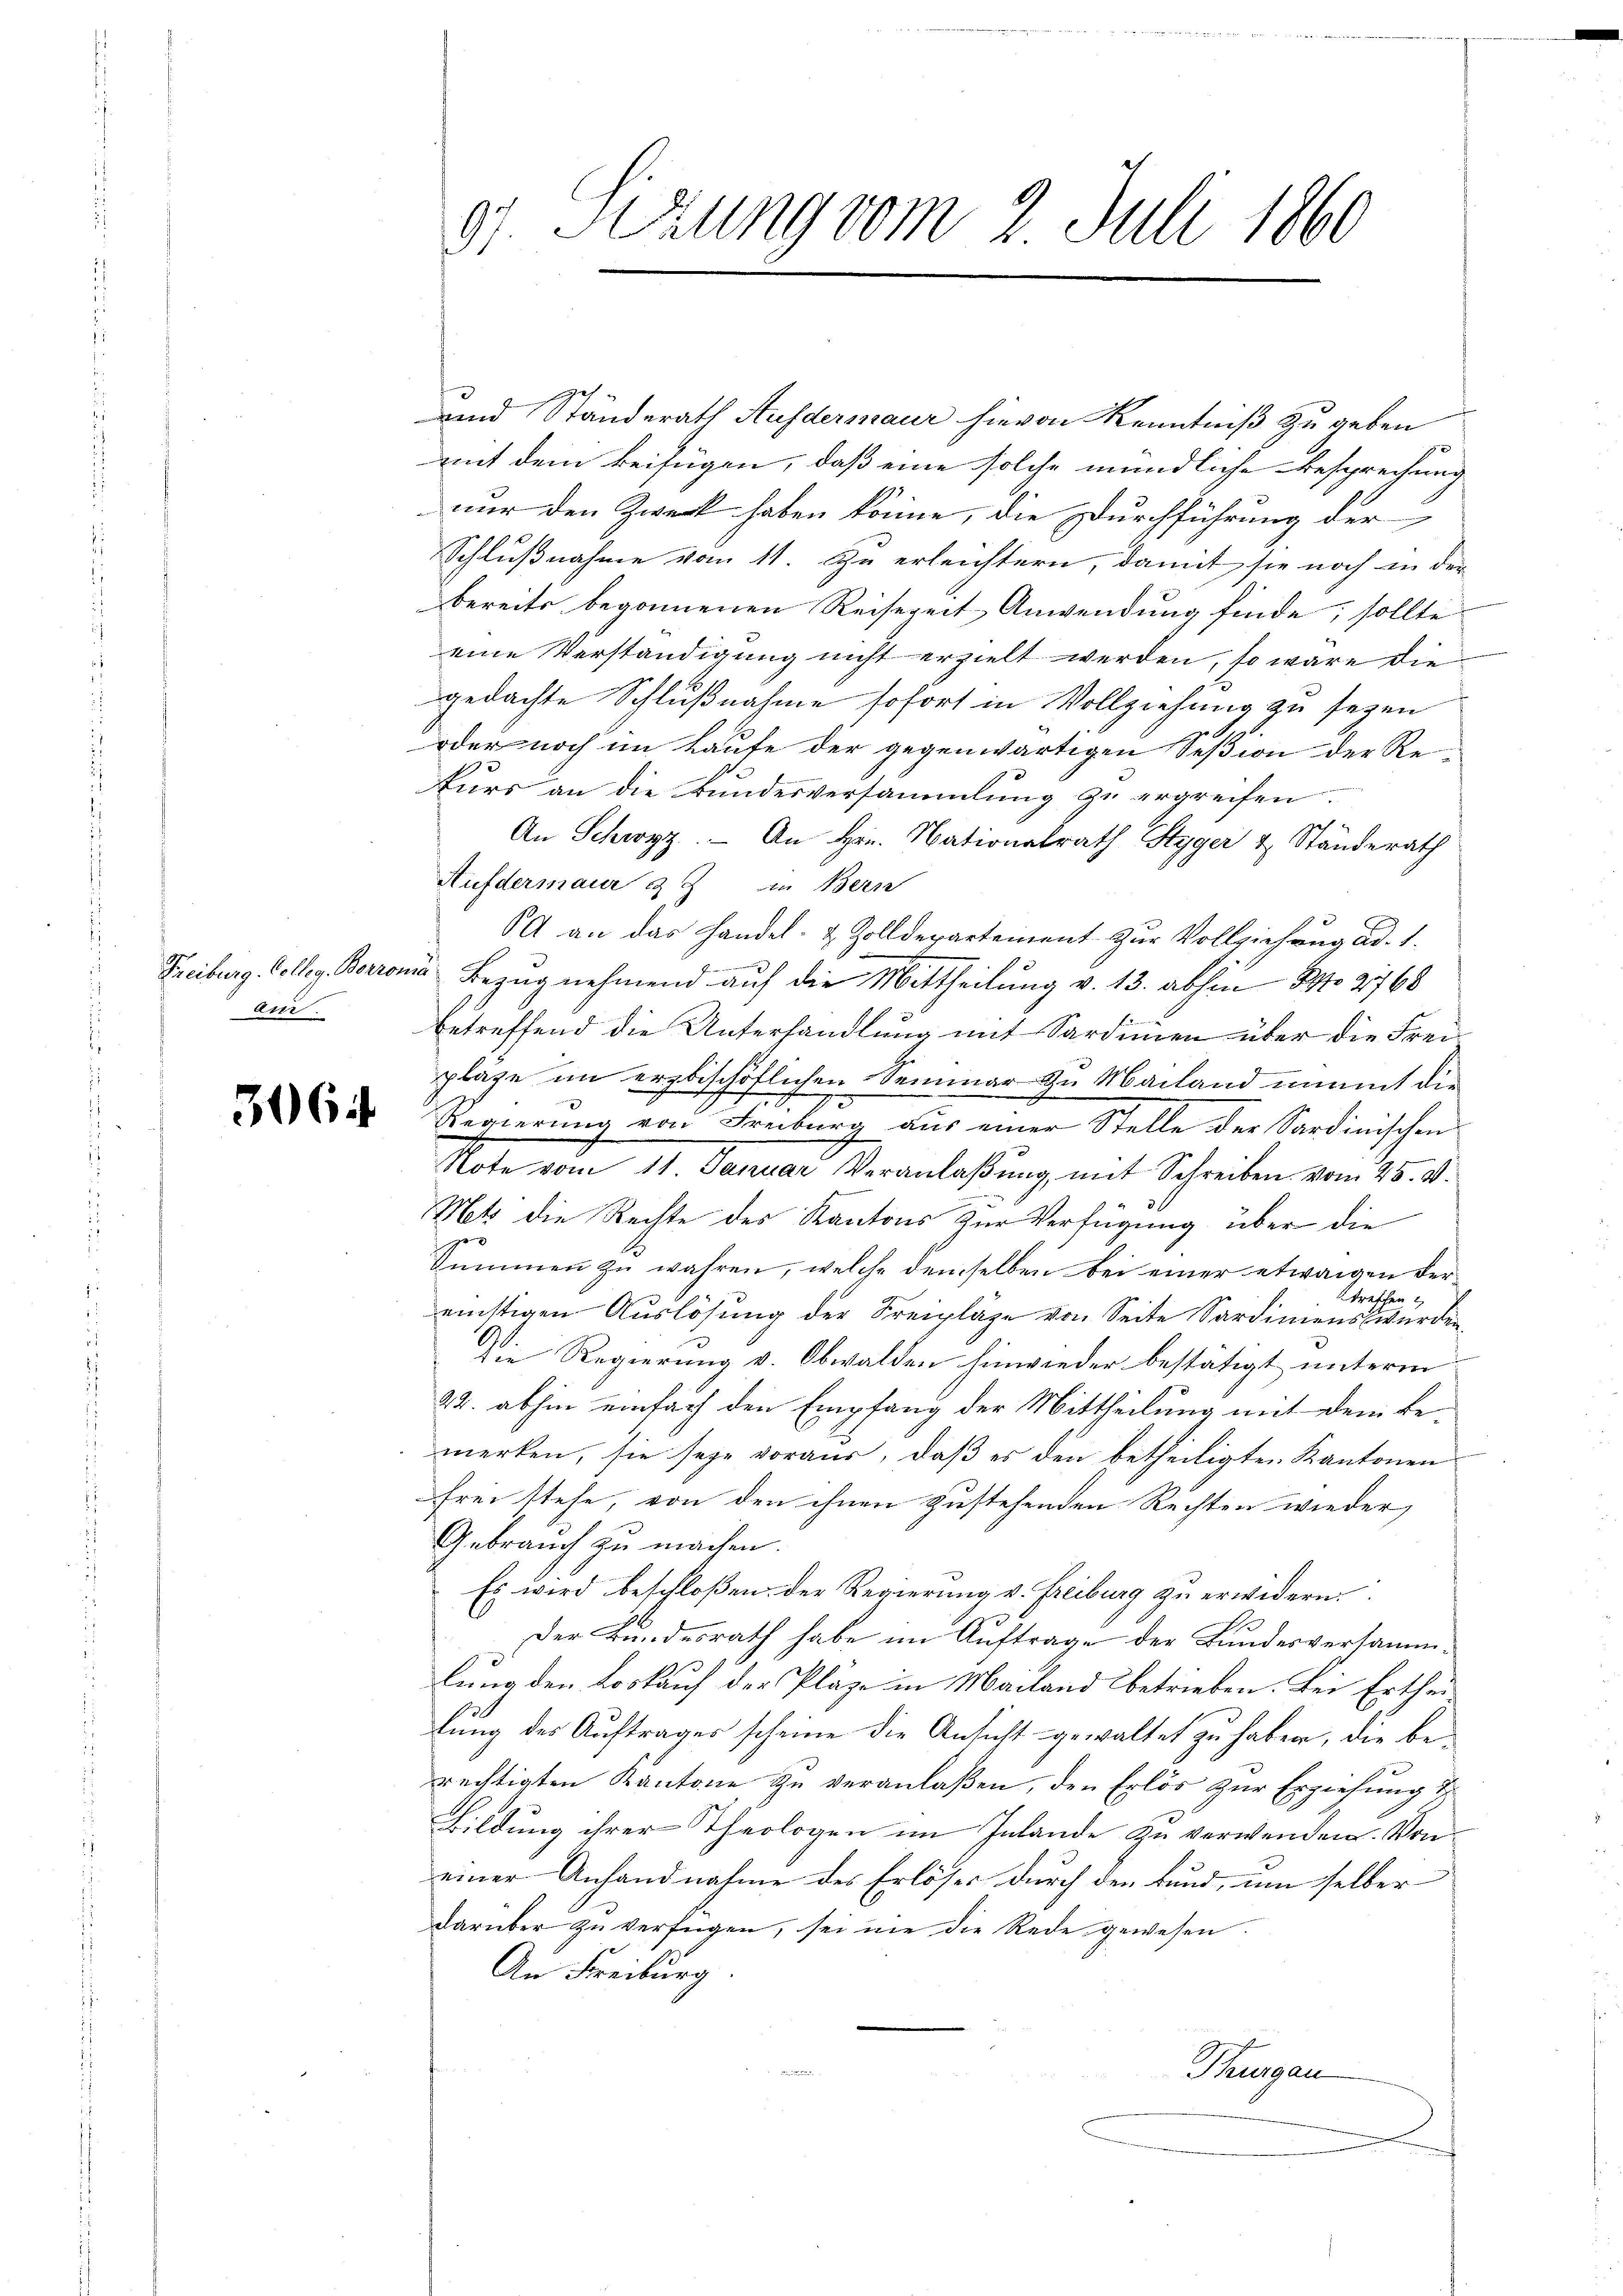
Freiburg, Colleg. Berron
ai.

3064

9) Sitzung vom 2. Juli 1860

und Ständerath Ausdermaur hievon Kenntniß zu geben
mit dem Beifügen, daß eine solche mündliche Besprechung
nur den Zweck haben könne, die Durchführung der
Schlußnahme vom 11. Zu erleichtern, damit sie noch in der
bereits begonnenen Reisezeit, Anwendung finde; sollte
eine Verständigung nicht erzielt werden, so wäre die
gedachte Schlußnahme sofort in Vollziehung zu seyen
oder noch im Laufe der gegenwärtigen Seßion der Rekurs an die Bundesversammlung zu ergreifen.
An Schwyz. An Hrn. Nationalrath Styger & Ständerath
Aufdermaur & an Bern
64 an das Handel- & Zolldepartement zur Vollziehung ad. 1.
u Bezug nehmend auf die Mittheilung v. 13. abhin No 2768
betreffend die Unterhandlung mit Sardinien über die Freipläge im erzbischöflichen Seminar zu Mailand unmit die
Regierung von Freiburg aus einer Stelle der Sardinischen
Note vom 11. Januar Veranlaßung, mit Schreiben vom 25. V.
Net die Rechte des Kantons zur Verfügung über die
geo
Summen zu wahren, welche demselben bei einer etwaigen Vertreffen
mittigen Auslösung der Freipläge von Seite Sardiniens wurden,
Die Regierung v. Obwalden hinwieder bestätigt unterm
22. abhin einfach den Empfang der Mittheilung mit dem be-
merken, sie seye voraus, daβ es den betheiligten Kantonen
frei stehe, von den ihnen zustehenden Rechten wieder,
Gebrauch zu machen.
Es wird beschloßen der Regierung v. Freiburg zu erwidern
Der Bundesrath habe im Auftrage der Bundesversammlung den Loskauf der Pläge in Mailand betrieben. Bei Ertheilung des Auftrages scheine die Ansicht gewaltet zu haben, die berechtigten Kantone zu veranlaßen, den Erlös zur Erziehung tr
Bildung ihrer Theologen im Inlande zu verwenden. Von
einer Anhandnahme des Erlöser durch den Bund, um selber
darüber zu verfügen, sei nie die Rede gewesen.
An Freiburg
Hungau